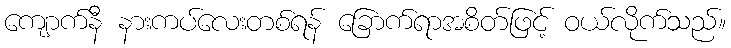
ကျောက်နီ နားကပ်လေးတစ်ရန် ခြောက်ရာအစိတ်ဖြင့် ဝယ်လိုက်သည်။